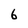
Character: 6